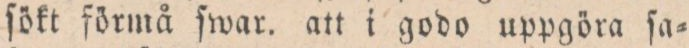
ſökt förmå ſwar. att i godo uppgöra ſa=